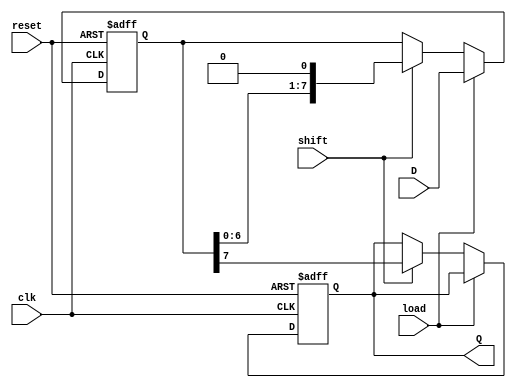
module Dynamic_PISO_Register (
    input wire clk,         // Clock signal
    input wire reset,       // Reset signal
    input wire load,        // Load signal
    input wire shift,       // Shift signal
    input wire [N-1:0] D,   // Parallel data input (N bits)
    output reg Q            // Serial data output
);
    
    parameter N = 8; // Width of the register (number of input lines)
    
    reg [N-1:0] shift_reg; // Internal register to hold data

    always @(posedge clk or posedge reset) begin
        if (reset) begin
            // Clear the shift register on reset
            shift_reg <= {N{1'b0}};
            Q <= 1'b0;
        end else if (load) begin
            // Load parallel data into the register
            shift_reg <= D;
        end else if (shift) begin
            // Shift data serially out
            Q <= shift_reg[N-1]; // Output the MSB
            shift_reg <= {shift_reg[N-2:0], 1'b0}; // Shift left and append 0
        end
    end

endmodule